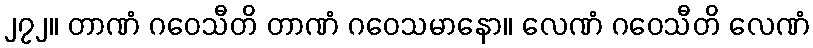
၂၇၂။ တာဏံ ဂဝေသီတိ တာဏံ ဂဝေသမာနော။ လေဏံ ဂဝေသီတိ လေဏံ